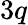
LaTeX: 3q